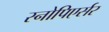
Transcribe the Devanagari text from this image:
स्नोपिएर्सर